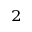
^ 2